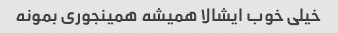
خیلی خوب ایشالا همیشه همینجوری بمونه